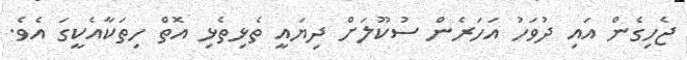
ޖެހިގެން އައި ދުވަހު އަހަރެން ސުކޫލަށް ދިޔައީ ތެޅިތެޅި އޮތް ހިތަކާއެކީގަ އެވެ.